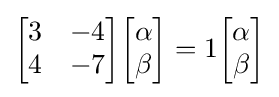
{\begin{bmatrix}3&-4\\4&-7\end{bmatrix}}{\begin{bmatrix}\alpha \\\beta \end{bmatrix}}=1{\begin{bmatrix}\alpha \\\beta \end{bmatrix}}